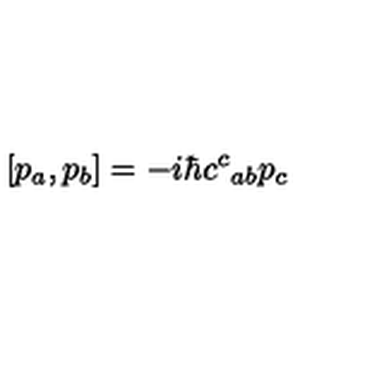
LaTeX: \left[ p _ { a } , p _ { b } \right] = - i \hbar c ^ { c } { } _ { a b } p _ { c }